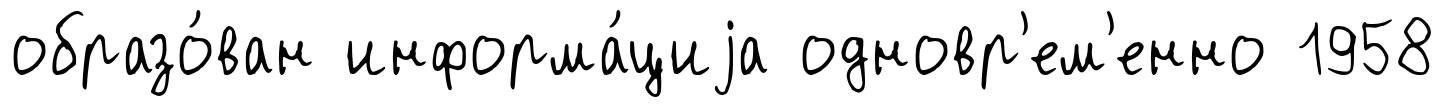
образо́ван информа́циjа одновр'ем'енно 1958